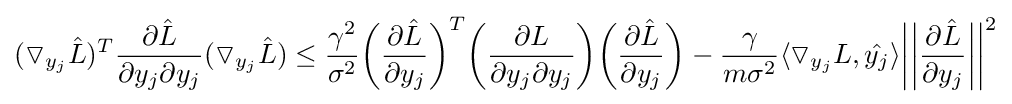
(\triangledown _{y_{j}}{\hat {L}})^{T}{\frac {\partial {\hat {L}}}{\partial y_{j}\partial y_{j}}}(\triangledown _{y_{j}}{\hat {L}})\leq {\frac {\gamma ^{2}}{\sigma ^{2}}}{\bigg (}{\frac {\partial {\hat {L}}}{\partial y_{j}}}{\bigg )}^{T}{\bigg (}{\frac {\partial L}{\partial y_{j}\partial y_{j}}}{\bigg )}{\bigg (}{\frac {\partial {\hat {L}}}{\partial y_{j}}}{\bigg )}-{\frac {\gamma }{m\sigma ^{2}}}\langle \triangledown _{y_{j}}L,{\hat {y_{j}}}\rangle {\bigg |}{\bigg |}{\frac {\partial {\hat {L}}}{\partial y_{j}}}{\bigg |}{\bigg |}^{2}